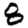
Digit: 8